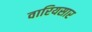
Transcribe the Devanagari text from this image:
वारियसार